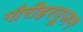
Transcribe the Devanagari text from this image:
गौरीहरपूजन